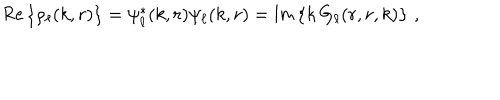
LaTeX: \mathsf { R e } \left\{ \rho _ { \ell } ( k , r ) \right\} = \psi _ { \ell } ^ { * } ( k , r ) \psi _ { \ell } ( k , r ) = \mathsf { I m } \left\{ k \, G _ { \ell } ( r , r , k ) \right\} \, ,